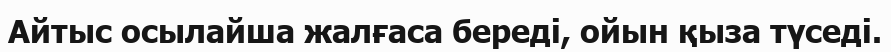
Айтыс осылайша жалғаса береді, ойын қыза түседі.